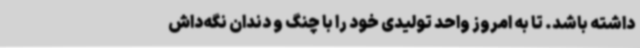
داشته باشد. تا به امروز واحد تولیدی خود را با چنگ و دندان نگه‌داش